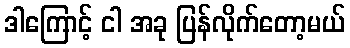
ဒါကြောင့် ငါ အခု ပြန်လိုက်တော့မယ်